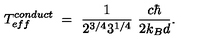
T _ { e f f } ^ { c o n d u c t } \ = \ \frac { 1 } { 2 ^ { 3 / 4 } 3 ^ { 1 / 4 } } \ \frac { c \hbar } { 2 k _ { B } d } .